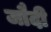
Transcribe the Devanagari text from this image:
जौदी